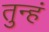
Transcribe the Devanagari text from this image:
तुन्हं